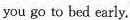
you go to bed early.